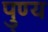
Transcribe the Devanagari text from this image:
पु्ण्य